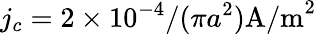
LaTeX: j_{c}=2\times 10^{-4}/(\pi a^{2})\mathrm{A/m}^{2}